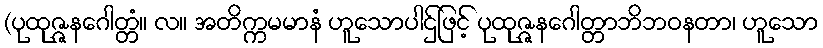
(ပုထုဇ္ဇနဂေါတ္တံ။ လ။ အတိက္ကမမာနံ ဟူသောပါဌ်ဖြင့် ပုထုဇ္ဇနဂေါတ္တာဘိဘဝနတာ၊ ဟူသော